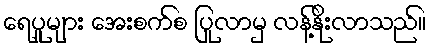
ရေပူများ အေးစက်စ ပြုလာမှ လန့်နိုးလာသည်။